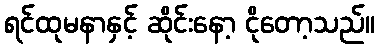
ရင်ထုမနာနှင့် ဆိုင်းနော့ ငိုတော့သည်။